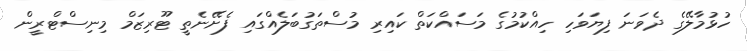
ހުޅުމާލޭގެ ދެވަނަ ފިޔަވަހި ހިއްކުމުގެ މަސައްކަތް ކައިރި މުސްތަގުބަލެއްގައި ފެށޭނެތީ ޓޫރިޒަމް މިނިސްޓްރީން